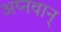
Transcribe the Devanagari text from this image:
अप्नवान्